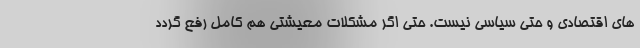
های اقتصادی و حتی سیاسی نیست. حتی اگر مشکلات معیشتی هم کامل رفع گردد